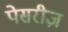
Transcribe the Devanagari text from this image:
पेसरीज़